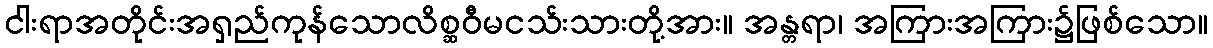
ငါးရာအတိုင်းအရှည်ကုန်သောလိစ္ဆဝီမငသ်းသားတို့အား။ အန္တရာ၊ အကြားအကြား၌ဖြစ်သော။